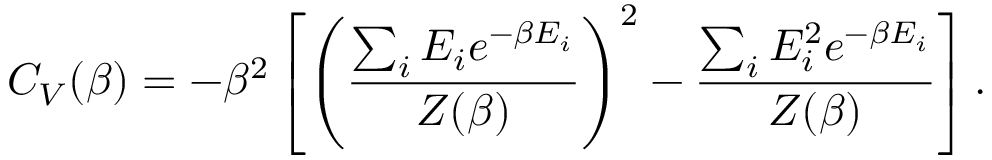
C _ { V } ( \beta ) = - \beta ^ { 2 } \left[ \left( \frac { \sum _ { i } E _ { i } e ^ { - \beta E _ { i } } } { Z ( \beta ) } \right) ^ { 2 } - \frac { \sum _ { i } E _ { i } ^ { 2 } e ^ { - \beta E _ { i } } } { Z ( \beta ) } \right] .